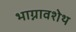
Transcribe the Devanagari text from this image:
भाग्नावशेथ